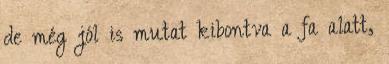
de még jól is mutat kibontva a fa alatt,